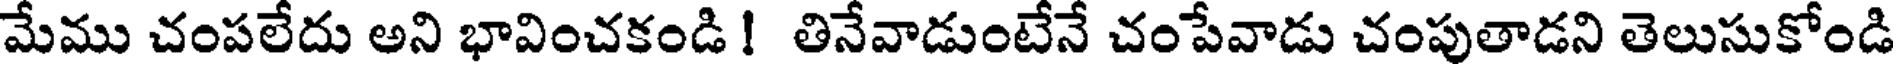
మేము చంపలేదు అని భావించకండి ! తినేవాడుంటేనే చంపేవాడు చంపుతాడని తెలుసుకోండి